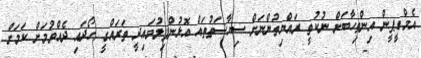
އެމްޑީޕީން އިންތިހާބަށް ނުކުތީ ރައްޔިތުންނަށް ސިޔާސަތުތައް އޮޅުންފިލުވައިދީ ތަރައްގީ ހޯދައި ދެއްވުމަށް ކަމަށް